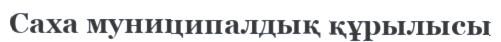
Саха муниципалдық құрылысы